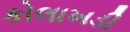
કોલાખડી